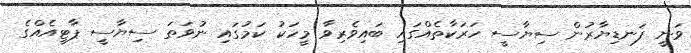
ވަނީ ފަނޑިޔާރުން ސިޔާސީ ހަރަކާތެއްގައި ބައިވެރިވާ މީހަކު ކަމުގައި ނުވަތަ ސިޔާސީ ޕާޓީއެއްގެ